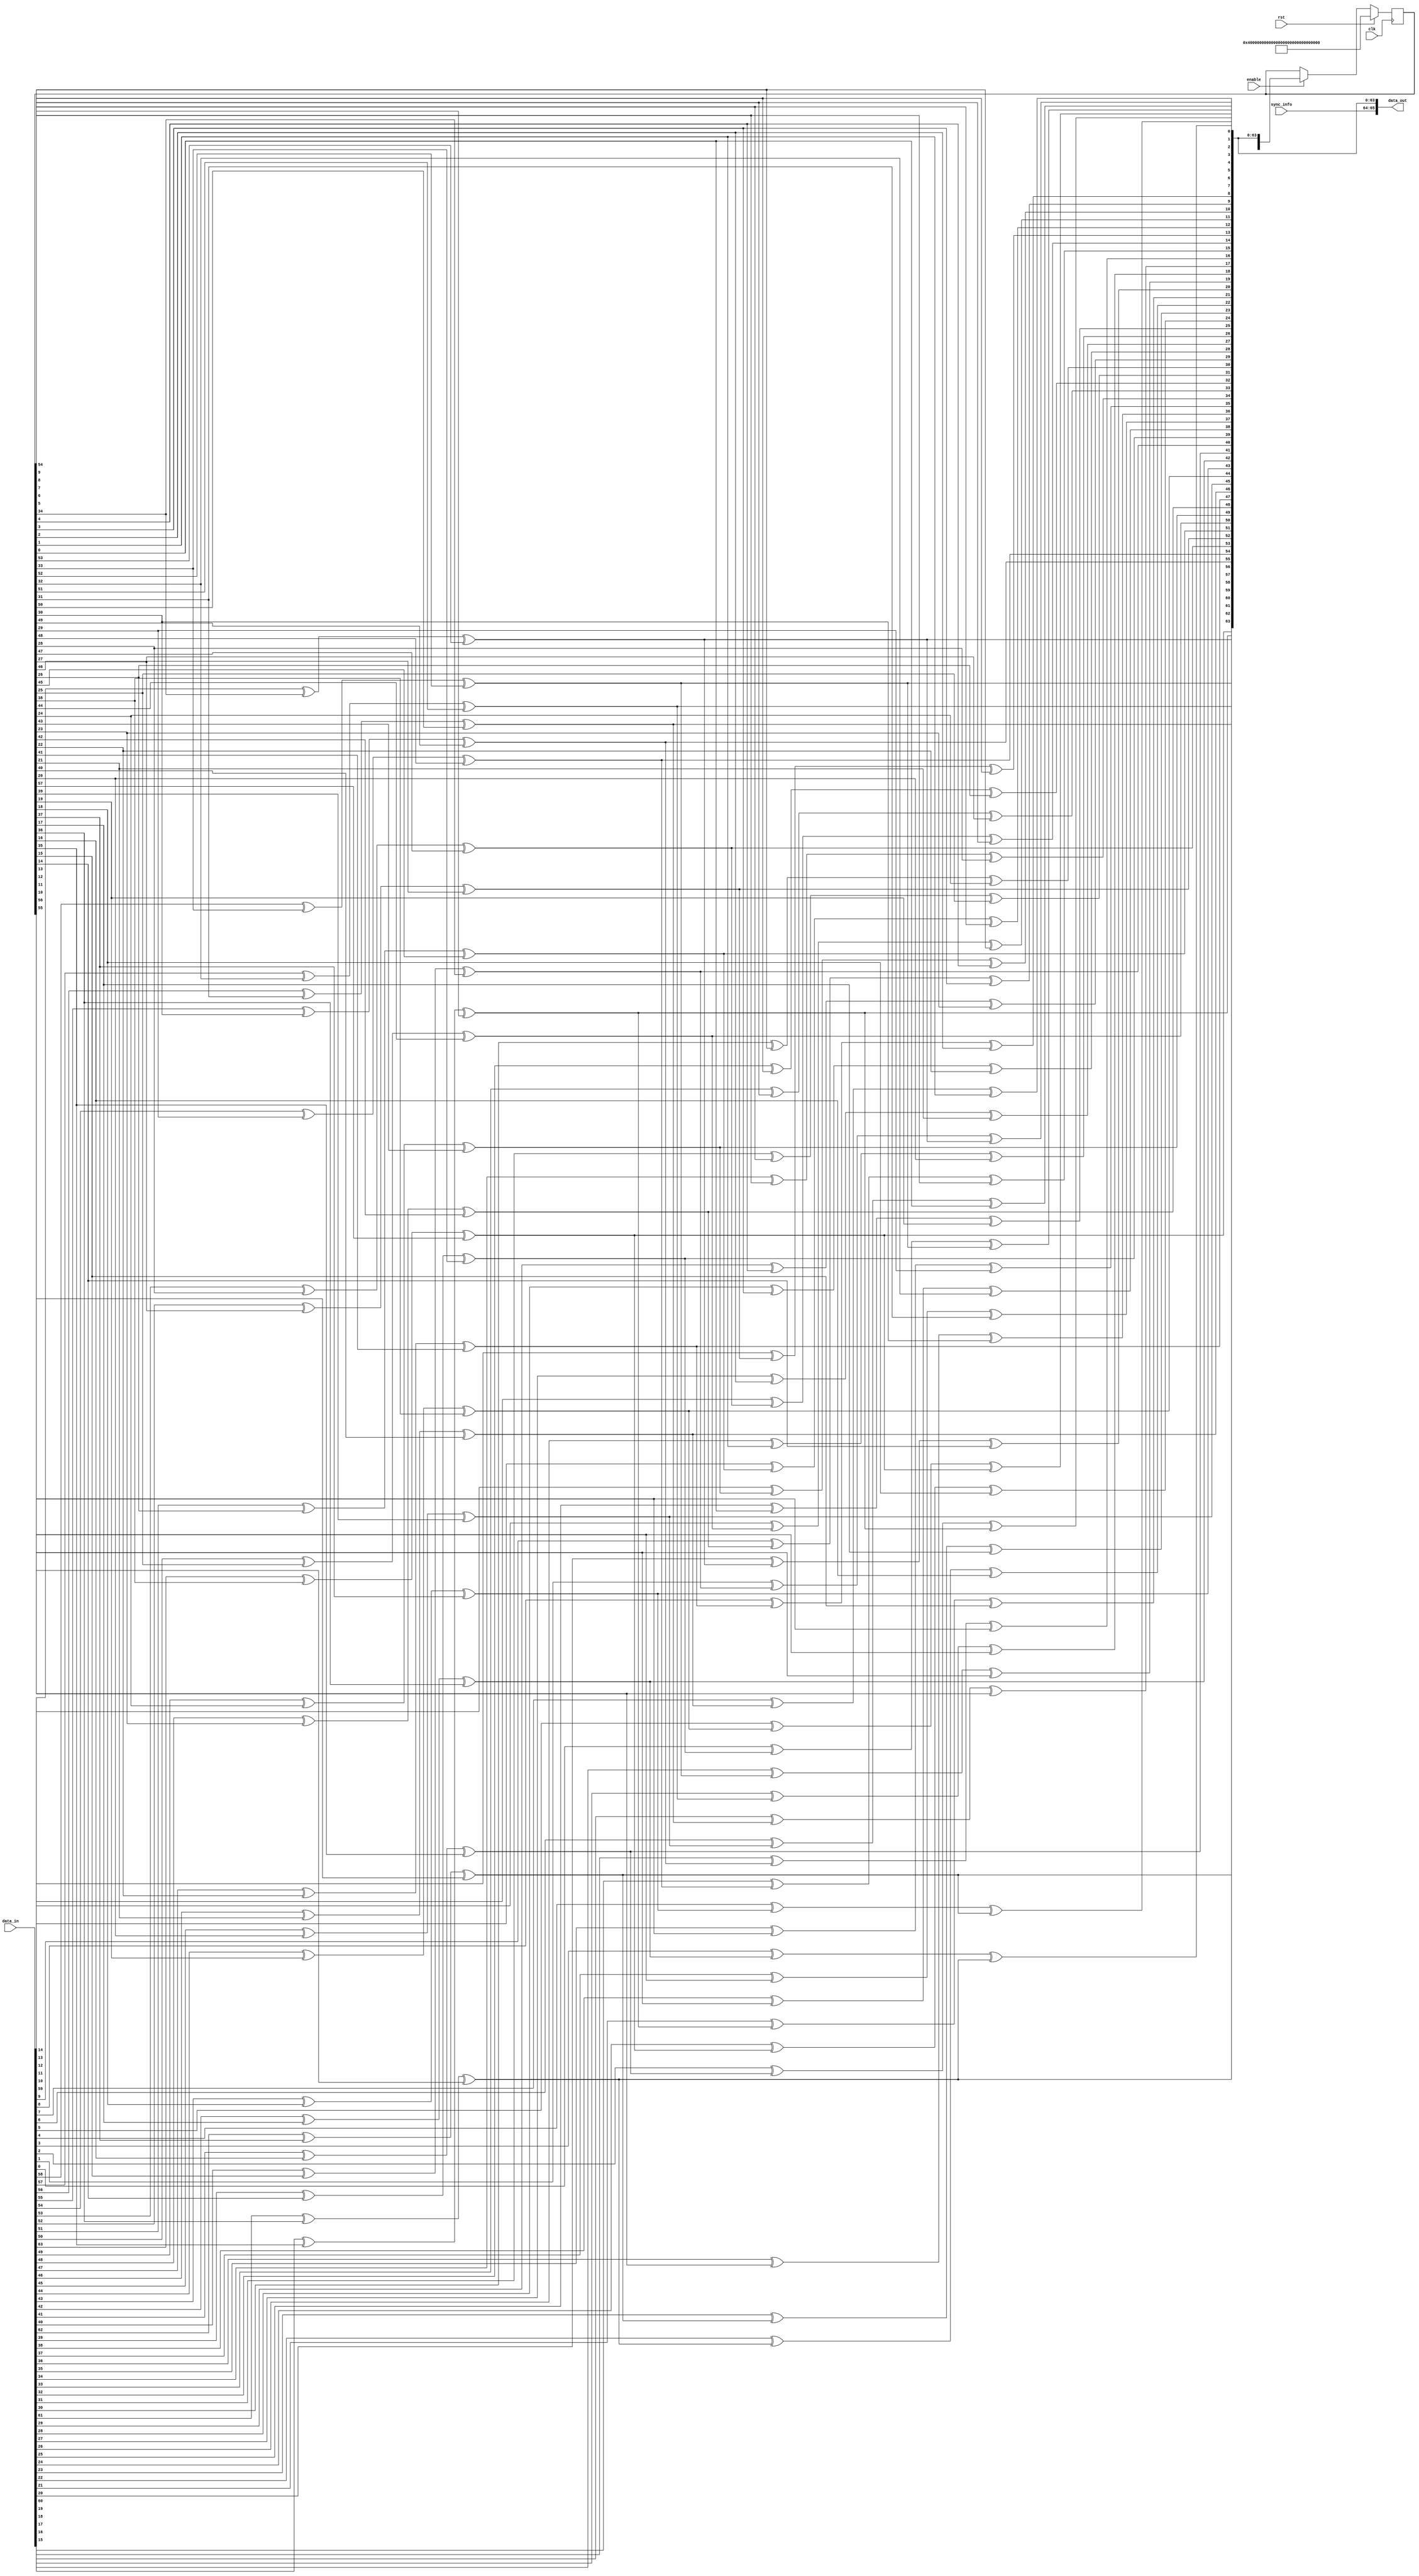
module scrambler_1 #
( 
    parameter TX_DATA_WIDTH = 64
)
(
    input [0:(TX_DATA_WIDTH-1)] data_in,
    output [(TX_DATA_WIDTH+1):0] data_out,
    input enable,
    input [1:0] sync_info,
    input clk,
    input rst
);
    integer i;
    reg [((TX_DATA_WIDTH*2)-7):0] poly;
    reg [((TX_DATA_WIDTH*2)-7):0] scrambler;
    reg [0:(TX_DATA_WIDTH-1)] tempData = {TX_DATA_WIDTH{1'b0}};
    reg xorBit;
    always @(scrambler,data_in)
    begin
        poly = scrambler;
        for (i=0;i<=(TX_DATA_WIDTH-1);i=i+1)
        begin
            xorBit = data_in[i] ^ poly[38] ^ poly[57];
            poly = {poly[((TX_DATA_WIDTH*2)-8):0],xorBit};
            tempData[i] = xorBit;
        end
    end
    always @(posedge clk)
    begin
        if (rst) begin
            scrambler        <= 122'hFFF_FFFF_FFFF_FFFF_FFFF_FFFF_FFFF_FFFF;
        end
        else if (enable) begin
            scrambler <= poly;
        end
    end
    assign data_out = {sync_info, tempData};
endmodule